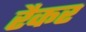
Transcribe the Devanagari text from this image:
रैकर